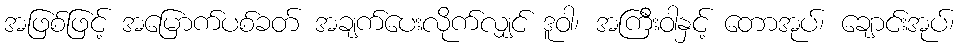
အဖြစ်ဖြင့် အမြောက်ပစ်ခတ် အချက်ပေးလိုက်လျှင် ဒူဝါ၊ အကြီးဝါနှင့် တောအုပ်၊ ချောင်းအုပ်၊